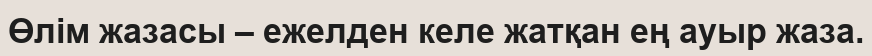
Өлім жазасы – ежелден келе жатқан ең ауыр жаза.